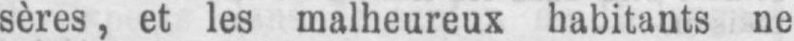
sères, et les malheureux habitants ne